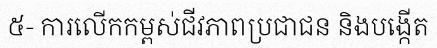
៥- ការលើកកម្ពស់ជីវភាពប្រជាជន និងបង្កើត